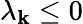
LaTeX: \lambda_{\mathbf{k}}\leq0